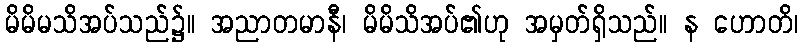
မိမိမသိအပ်သည်၌။ အညာတမာနီ၊ မိမိသိအပ်၏ဟု အမှတ်ရှိသည်။ န ဟောတိ၊